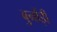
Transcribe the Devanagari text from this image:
बुर्नोड़ी